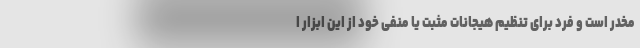
مخدر است و فرد برای تنظیم هیجانات مثبت یا منفی خود از این ابزار ا